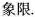
象限。